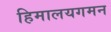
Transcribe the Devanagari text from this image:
हिमालयगमन